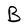
Character: B